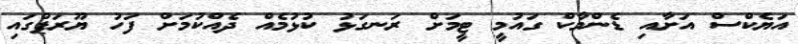
އަޔެކްސް އަށާއި ޑެންމާކް ގައުމީ ޓީމަށް ރަނގަޅު ކުޅުމެއް ދެއްކުމަށް ފަހު ޔޫރަޕްގައި